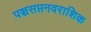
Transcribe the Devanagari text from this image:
पञ्चसप्तनवराशिक